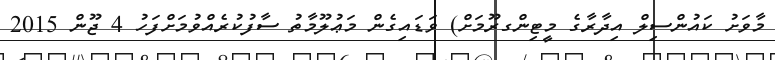
މާވަށު ކައުންސިލް އިދާރާގެ މީޓިންގރޫމަށް) ވަޑައިގެން މަޢުލޫމާތު ސާފުކުރެއްވުމަށްފަހު 4 ޖޫން 2015